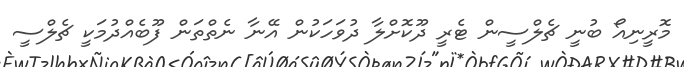
މޮރީނިއޯ ބުނީ ޗެލްސީން ޓެރީ ދޫކޮށްލާ ދުވަހަކުން އޭނާ ނެތްތަން ފޫބެއްދުމަކީ ޗެލްސީ